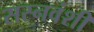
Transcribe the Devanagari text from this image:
सस्नवंशी